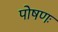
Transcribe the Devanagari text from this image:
पोषणः